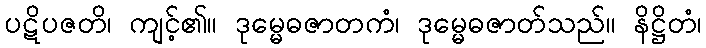
ပဋိပဇတိ၊ ကျင့်၏။ ဒုမ္မေဓဇာတကံ၊ ဒုမ္မေဓဇာတ်သည်။ နိဋ္ဌိတံ၊